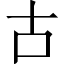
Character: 古